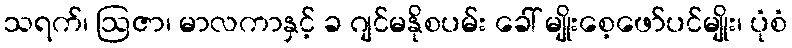
သရက်၊ ဩဇာ၊ မာလကာနှင့် ခ ဂျင်မနိုစပမ်း ခေါ် မျိုးစေ့ဖော်ပင်မျိုး၊ ပုံစံ